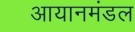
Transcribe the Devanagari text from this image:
आयानमंडल